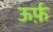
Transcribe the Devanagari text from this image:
ऊर्फ़